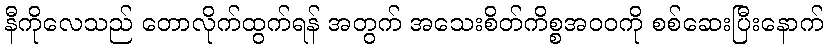
နီကိုလေသည် တောလိုက်ထွက်ရန် အတွက် အသေးစိတ်ကိစ္စအဝဝကို စစ်ဆေးပြီးနောက်